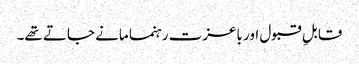
قابلِ قبول اور باعزت رہنما مانے جاتے تھے۔